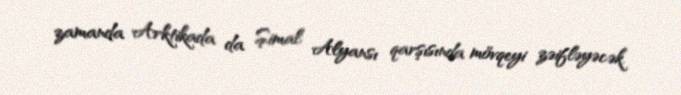
zamanda Arktikada da Şimal Alyansı qarşısında mövqeyi zəifləyəcək.